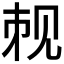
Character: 𬢉